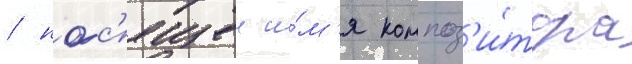
/ нос'ящеи и́м'я композ'и́тора